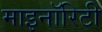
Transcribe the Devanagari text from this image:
माइनॉरिटी